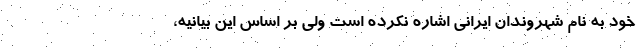
خود به نام شهروندان ایرانی اشاره نکرده است ولی بر اساس این بیانیه،